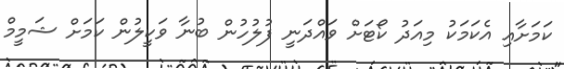
ކަމަށާއި އެކަމަކު މިއަދު ކޯޓަށް ވައްދަނީ ފުލުހުން ބުނާ ވަކީލުން ކަމަށް ޝަމީމް